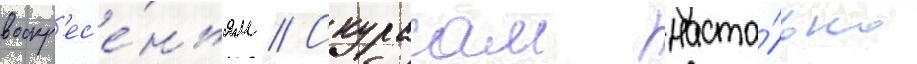
воскр'ес'е́ньям // Скурасам насто́лько